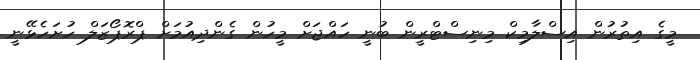
މީގެ އިތުރުން އިސްލާމިކް މިނިސްޓްރީން ބުނީ ހައްޖަށް މީހުން ގެންދިއުމަށް ޕްރޮޕޯޒަލް ހުށަހެޅޭނީ